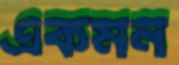
একমন